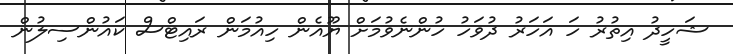
ޝަހީދު އިތުރު ހަ އަހަރު ދުވަހު ހުންނެވުމަށް ޔޫއެން ހިއުމަން ރައިޓްސް ކައުންސިލުން